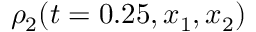
\rho _ { 2 } ( t = 0 . 2 5 , x _ { 1 } , x _ { 2 } )